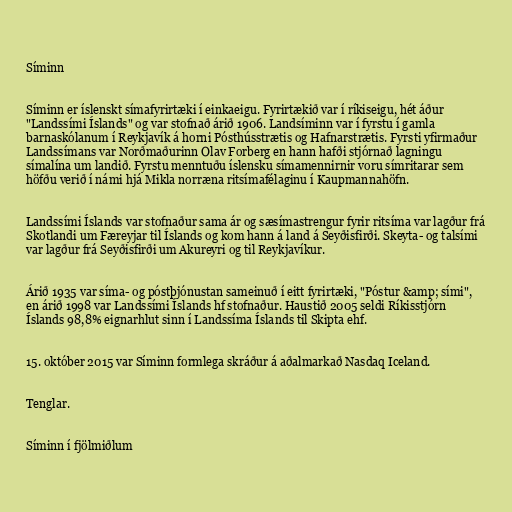
Síminn

Síminn er íslenskt símafyrirtæki í einkaeigu. Fyrirtækið var í ríkiseigu, hét áður
"Landssími Íslands" og var stofnað árið 1906. Landsíminn var í fyrstu í gamla
barnaskólanum í Reykjavík á horni Pósthússtrætis og Hafnarstrætis. Fyrsti yfirmaður
Landssímans var Norðmaðurinn Olav Forberg en hann hafði stjórnað lagningu
símalína um landið. Fyrstu menntuðu íslensku símamennirnir voru símritarar sem
höfðu verið í námi hjá Mikla norræna ritsímafélaginu í Kaupmannahöfn.

Landssími Íslands var stofnaður sama ár og sæsímastrengur fyrir ritsíma var lagður frá
Skotlandi um Færeyjar til Íslands og kom hann á land á Seyðisfirði. Skeyta- og talsími
var lagður frá Seyðisfirði um Akureyri og til Reykjavíkur.

Árið 1935 var síma- og póstþjónustan sameinuð í eitt fyrirtæki, "Póstur &amp; sími",
en árið 1998 var Landssími Íslands hf stofnaður. Haustið 2005 seldi Ríkisstjórn
Íslands 98,8% eignarhlut sinn í Landssíma Íslands til Skipta ehf.

15. október 2015 var Síminn formlega skráður á aðalmarkað Nasdaq Iceland.

Tenglar.

Síminn í fjölmiðlum